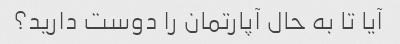
آیا تا به حال آپارتمان را دوست دارید؟